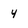
Character: 4